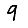
Digit: 9